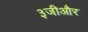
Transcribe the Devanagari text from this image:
३जीऔर